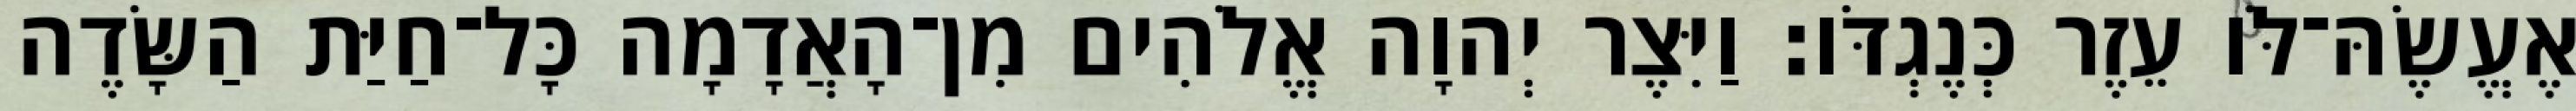
אֶעֱשֶׂהּ־לֹּו עֵזֶר כְּנֶגְדֹּו׃ וַיִּצֶר יְהוָה אֱלֹהִים מִן־הָאֲדָמָה כָּל־חַיַּת הַשָּׂדֶה